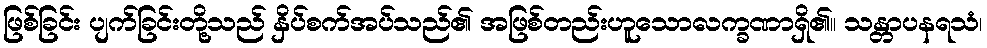
ဖြစ်ခြင်း ပျက်ခြင်းတို့သည် နှိပ်စက်အပ်သည်၏ အဖြစ်တည်းဟူသောလက္ခဏာရှိ၏။ သန္တာပနရသံ၊